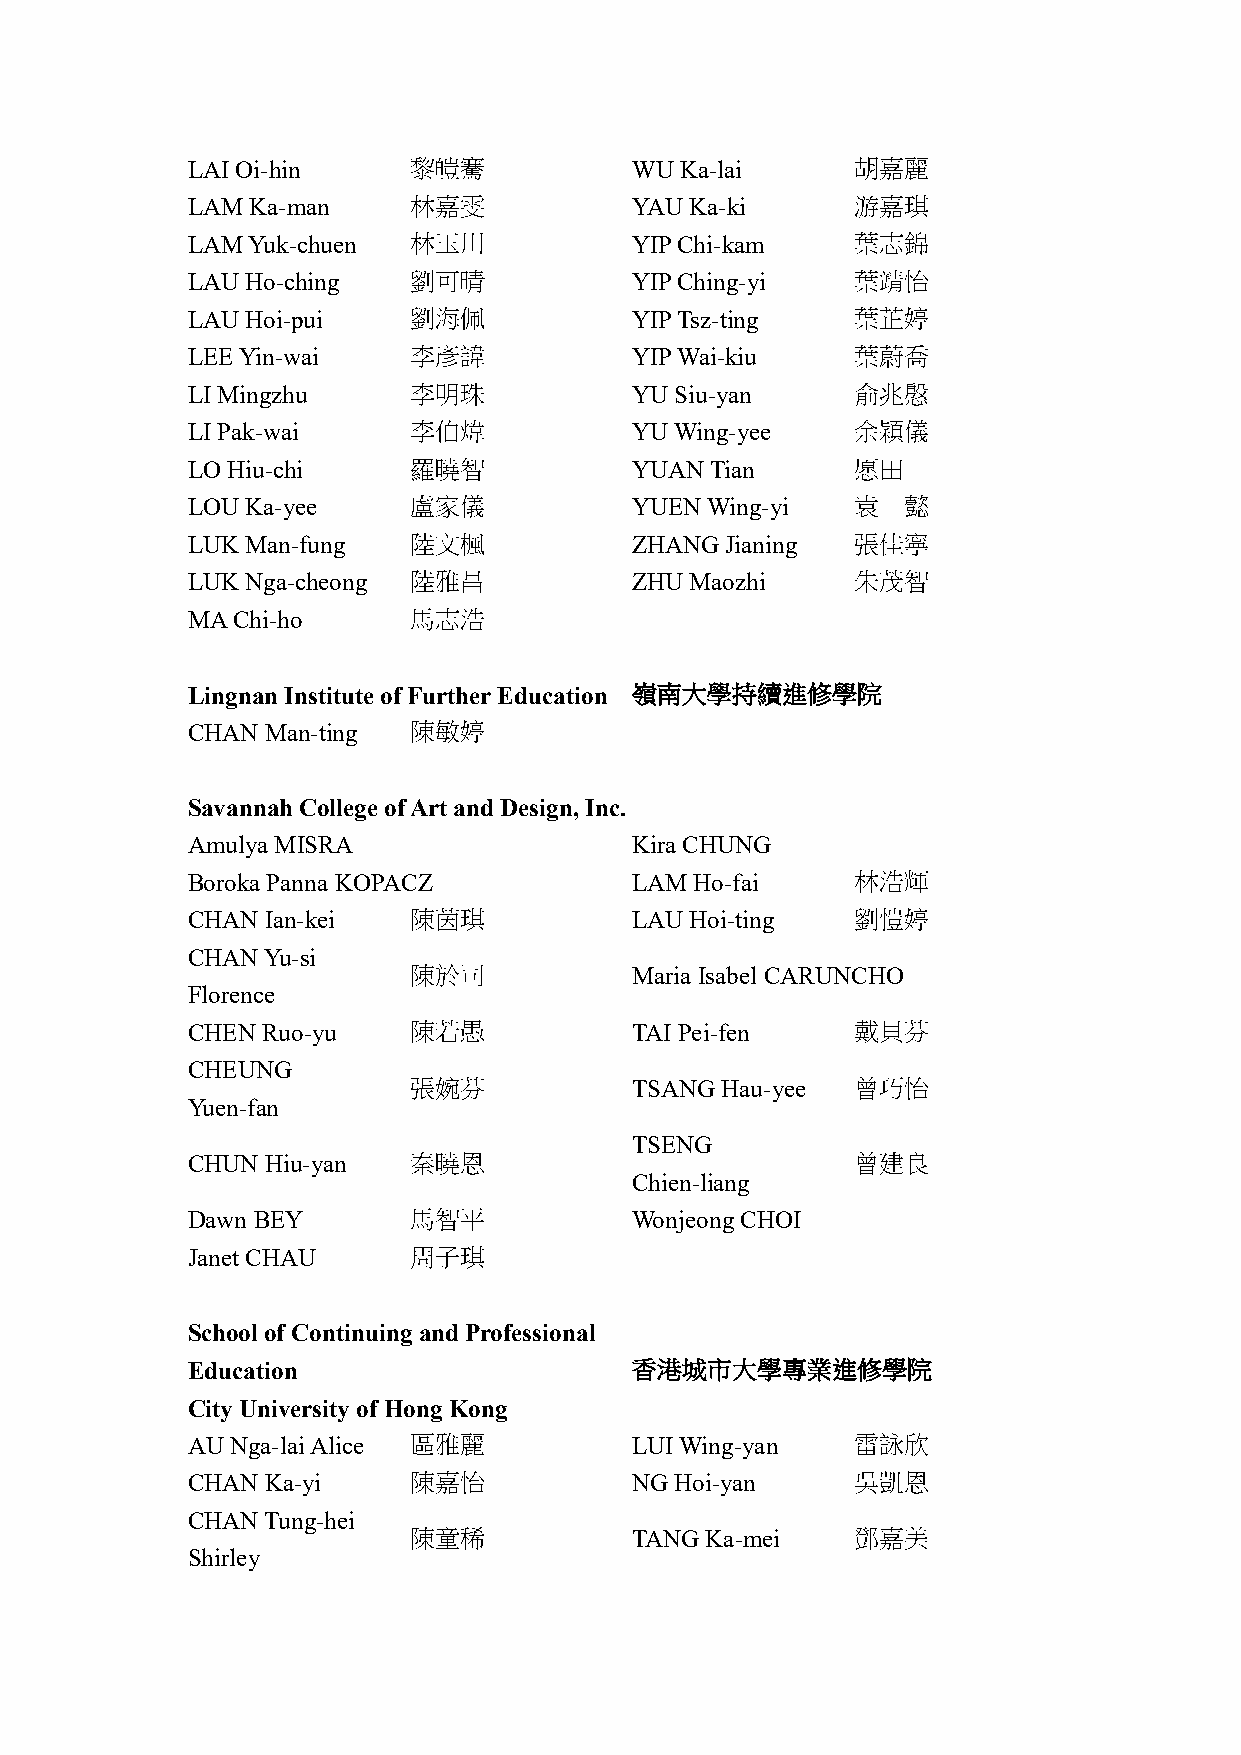
LAI Oi-hin     黎皚騫            WU Ka-lai      胡嘉麗
 LAM Ka-man     林嘉雯            YAU Ka-ki      游嘉琪
 LAM Yuk-chuen  林玉川            YIP Chi-kam    葉志錦
 LAU Ho-ching   劉可晴            YIP Ching-yi   葉靖怡
 LAU Hoi-pui    劉海佩            YIP Tsz-ting   葉芷婷
 LEE Yin-wai    李彥諱            YIP Wai-kiu    葉蔚喬
 LI Mingzhu     李明珠            YU Siu-yan     俞兆慇
 LI Pak-wai     李伯煒            YU Wing-yee    余穎儀
 LO Hiu-chi     羅曉智            YUAN Tian      愿田
 LOU Ka-yee     盧家儀            YUEN Wing-yi   袁  懿
 LUK Man-fung   陸文楓            ZHANG Jianing  張佳寧
 LUK Nga-cheong 陸雅昌            ZHU Maozhi     朱茂智
 MA Chi-ho      馬志浩
 Lingnan Institute of Further Education 嶺南大學持續進修學院
 CHAN  Man-ting 陳敏婷
 Savannah College of Art and Design, Inc.
 Amulya MISRA                  Kira CHUNG
 Boroka Panna KOPACZ           LAM Ho-fai     林浩輝
 CHAN  Ian-kei  陳茵琪            LAU Hoi-ting   劉愷婷
 CHAN Yu-si
 陳於司            Maria Isabel CARUNCHO
 Florence
 CHEN Ruo-yu    陳若愚            TAI Pei-fen    戴貝芬
 CHEUNG
 張婉芬            TSANG Hau-yee  曾巧怡
 Yuen-fan
 TSENG
 CHUN  Hiu-yan  秦曉恩                           曾建良
 Chien-liang
 Dawn BEY       馬智平            Wonjeong CHOI
 Janet CHAU     周子琪
 School of Continuing and Professional
 Education                     香港城市大學專業進修學院
 City University of Hong Kong
 AU Nga-lai Alice 區雅麗          LUI Wing-yan   雷詠欣
 CHAN  Ka-yi    陳嘉怡            NG Hoi-yan     吳凱恩
 CHAN Tung-hei
 陳童稀            TANG Ka-mei    鄧嘉美
 Shirley